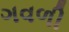
ગવળી